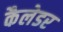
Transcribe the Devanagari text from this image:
कैलेडर